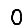
Digit: 0